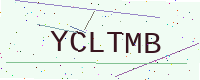
Text: YCLTMB